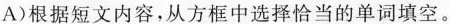
A) 根据短文内容,从方框中选择恰当的单词填空.